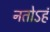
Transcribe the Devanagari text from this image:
नतोऽहं